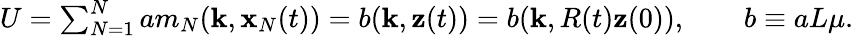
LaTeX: \begin{array}{r}{U=\sum_{N=1}^{N}am_{N}({\mathbf k},{\mathbf x}_{N}(t))=b({\mathbf k},{\mathbf z}(t))=b({\mathbf k},R(t){\mathbf z}(0)),\qquad b\equiv aL\mu.}\end{array}